Report on the bubonic plague in Bombay, 1896-1897
Year: 1896
Disease focus: Plague
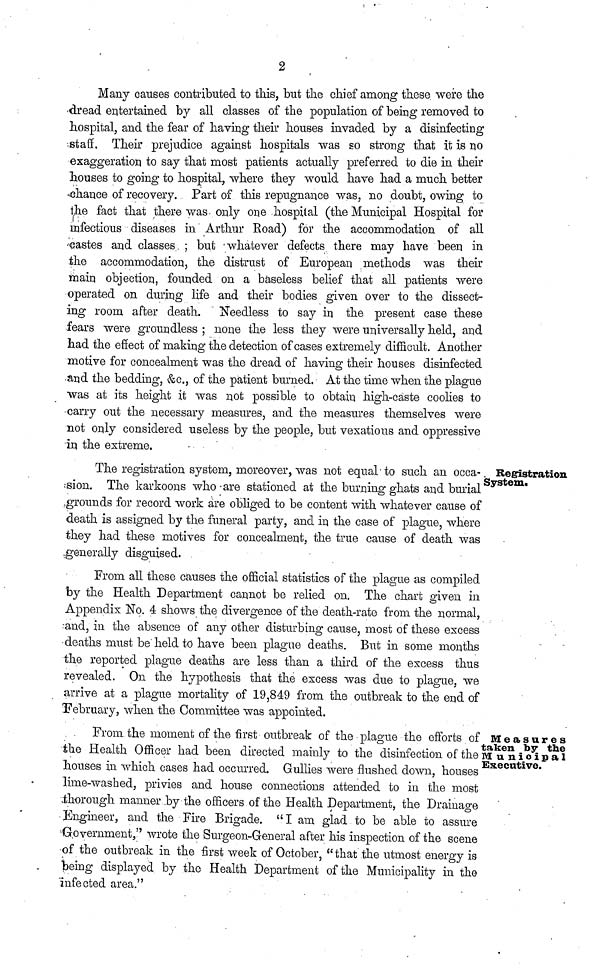
2
Many causes contributed to this, but the chief among these were the
«dread entertained by all classes of the population of being removed to
hospital, and the fear of having their houses invaded by a disinfecting
staff. Their prejudice against hospitals was so strong that it is no
exaggeration to say that most patients actually preferred to die in their
houses to going to hospital, where they would have had a much better
chance of recovery. Part of this repugnance was, no doubt, owing to
the fact that there was. only one hospital (the Municipal Hospital for
infectious diseases in Arthur Road) for the accommodation of all
Pastes and classes, ; but 'whatever defects there may have been in
the accommodation, the distrust of European methods was their
main objection, founded on a baseless belief that all patients were
•operated on during life and their bodies given over to the dissect-
ing room after death. Needless to say in the present case these
fears were groundless ; none the less they were universally held, and
had the effect of making the detection of cases extremely difficult. Another
motive for concealment was the dread of having their houses disinfected
and the bedding, &c, of the patient burned. At the time when the plague
was at its height it was not possible to obtain high-cáste coolies to
carry out the necessary measures, and the measures themselves were
not only considered useless by the people, but vexatious and oppressive
in the extreme.
Registration
System.
The registration system, moreover, was not equal-to such an occa-
sion. The karkoons who-are stationed at the burning ghats and burial
grounds for record work are obliged to be content with whatever cause of
death is assigned by the funeral party, and in the case of plague, where
they had these motives for concealment, the true cause of death was
generally disguised.
From all these causes the official statistics of the plague as compiled
by the Health Department cannot be relied on. The chart given in
Appendix No. 4 shows the divergence of the death-rate from the normal,
rand, in the absence of any other disturbing cause, most of these excess
•deaths must beheld to have been plague deaths. But in some months
the reported plague deaths are less than a third of the excess thus
revealed. On the hypothesis that the excess was due to plague, we
arrive at a plague mortality of 19,849 from the outbreak to the end of
"February, when the Committee was appointed.
Measures
taken by the
Municipal
Executive.
From the moment of the first outbreak of the • plague the efforts of
the Health Officer had been directed mainly to the disinfection of the
houses in which cases had occurred. Gullies were flushed down, houses
lime-washed, privies and house connections attended to in the most
thorough manner .by the officers of the Health Department, the Drainage
Engineer, and the Fire Brigade. "I am glad to be able to assure
Government," wrote the Surgeon-General after his inspection of the scene
of the outbreak in the first week of October, "that the utmost energy is
being displayed by the Health Department of the Municipality in the
infected area."